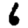
Digit: 6